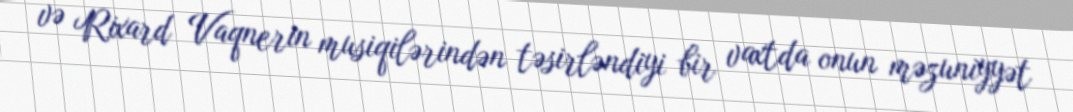
və Rixard Vaqnerin musiqilərindən təsirləndiyi bir vaxtda onun məzuniyyət